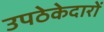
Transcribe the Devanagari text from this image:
उपठेकेदारों